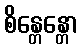
စိန္တေန္တော